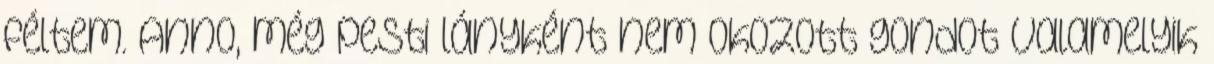
féltem. Anno, még pesti lányként nem okozott gondot valamelyik